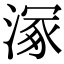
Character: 𣹞